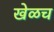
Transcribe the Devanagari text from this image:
खेळच